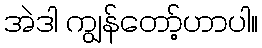
အဲဒါ ကျွန်တော့်ဟာပါ။